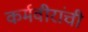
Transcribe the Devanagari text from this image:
कर्मवीरांची